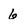
Character: 6